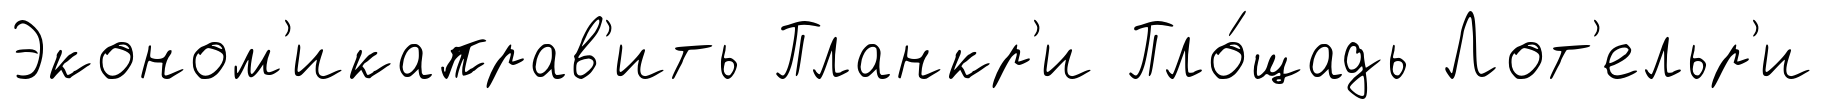
Эконом'икаправ'ить Планкр'и Пло́щадь Лот'ельр'и